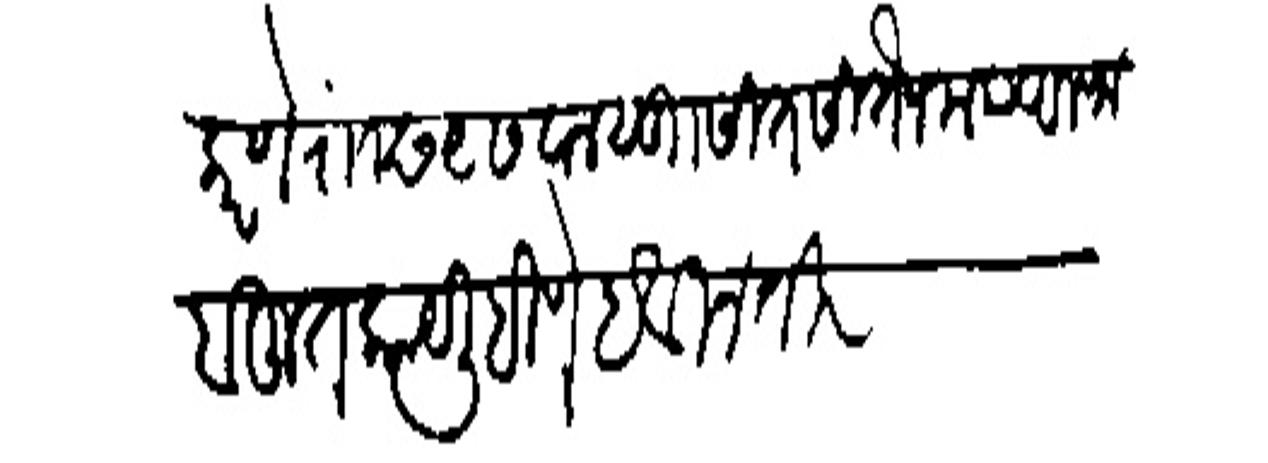
Transliteration (Devanagari): करणें राा छ ९ सवाल सुग सीत सितन मया अलफ बहुत काय लिहिणे हे विनंती